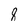
Character: 8